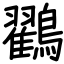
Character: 鸐